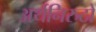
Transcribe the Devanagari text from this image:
अर्थनिरुठो